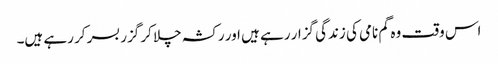
اس وقت وہ گم نامی کی زندگی گزار رہے ہیں اور رکشہ چلا کر گزر بسر کر رہے ہیں۔